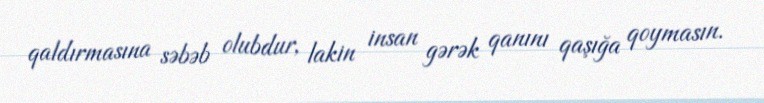
qaldırmasına səbəb olubdur, lakin insan gərək qanını qaşığa qoymasın.